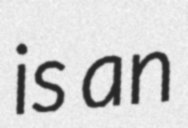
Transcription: is an